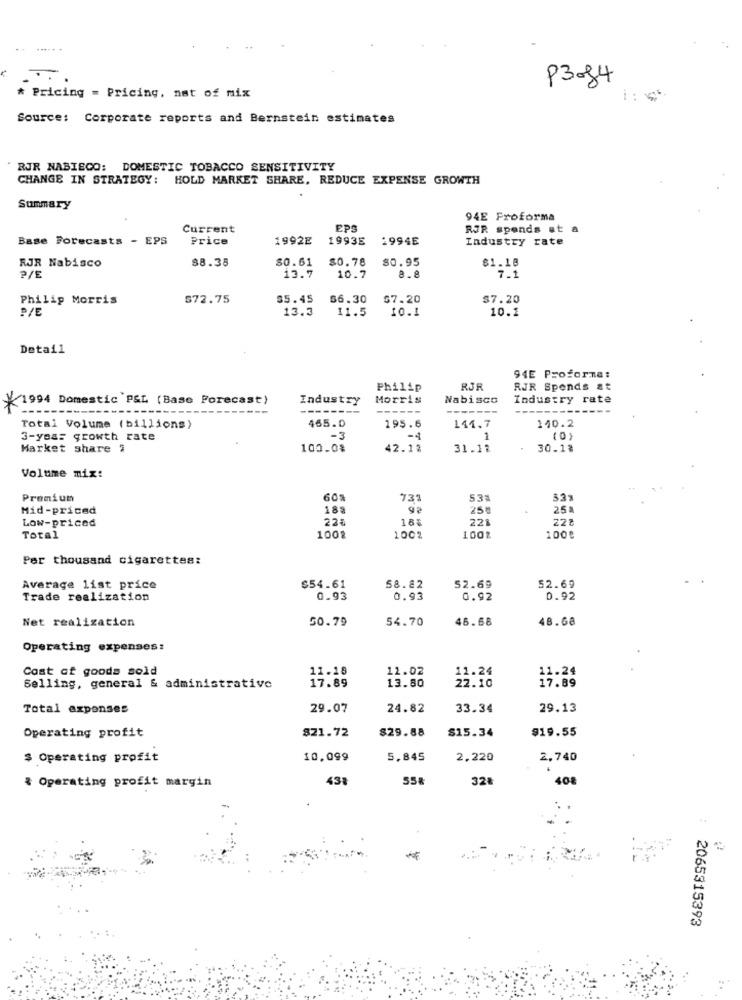
P3084
* Pricing - Pricing, nat of mix
1: 55
Source: Corporate reports and Bernstein estimates
RJR NABIECO: DOMESTIC TOBACCO SENSITIVITY
CHANGE IN STRATEGY: HOLD MARKET SHARE, REDUCE EXPENSE GROWTH
Summary
94E Proforma
Current
EPS
RJR spends at a
Base Forecasts - EPS
Price
1992E
1993E
1994E
Industry rate
$8.38
$0.61
$0.78
80.95
$1.18
RJR Nabisco
P/E
7.1
13.7
10.7
Philip Morris
S72.75
35.45
$6.30
$7.20
$7.20
P/E
13.3
11.5
10.1
10.1
Detail
94E Proforma:
Philip
RJR
RJR Spends at
*1994 Domestic P&L (Base Forecast)
Industry
Morris
Nabisco
Industry rate
Total Volume (billions)
465.0
195.6
141.7
140.2
3-year growth rate
-3
-4
1
(0)
Market share "
100.0%
42.12
31.11
30.1%
Volume mix:
Premiun
60%
731
53%
Mid-priced
188
98
25M
25a
Low-priced
22%
18%
221
228
Total
1002
1002
1002
1000
Per thousand cigarettes:
52.69
Average list price
$54.61
58.82
52.69
Trade realization
0.93
0.93
0.92
0.92
Net realization
50.79
54.70
46.68
48.68
Operating expenses:
Cost of goods sold
11.18
12.02
11.24
11.24
13.80
17.89
Selling, general & administrative
17.89
22.10
Total expenses
29.07
24.82
33.34
29.13
$21.72
$29.88
$15.34
$19.55
Operating profit
$ Operating profit
10.099
5,845
2.220
2,740
43%
55
32
408
& Operating profit margin
2065315393